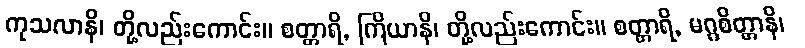
ကုသလာနိ၊ တို့လည်းကောင်း။ စတ္တာရိ, ကြိယာနိ၊ တို့လည်းကောင်း။ စတ္တာရိ, မဂ္ဂစိတ္တာနိ၊